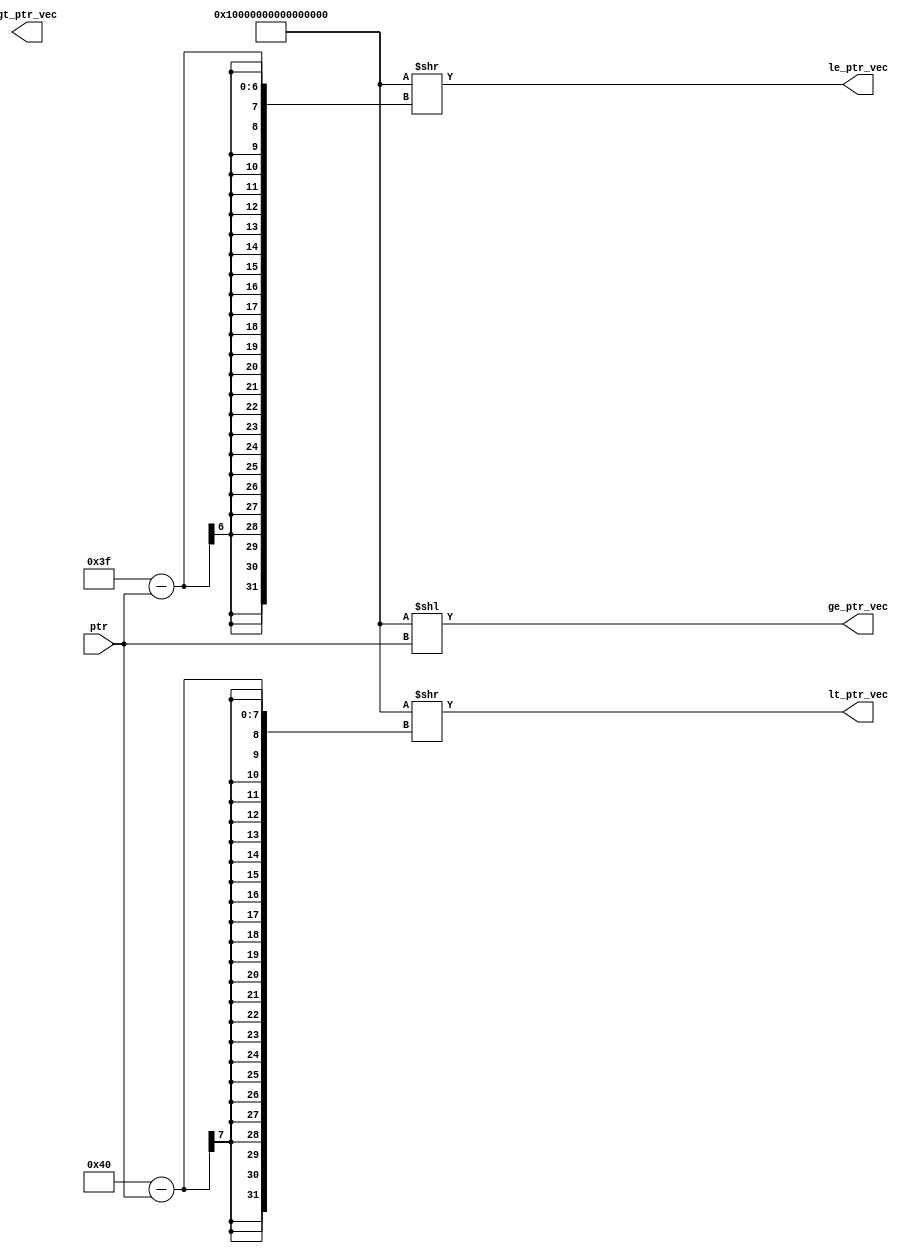
//---------------------------------------------------------------------------------------
//ptrslot
//---------------------------------------------------------------------------------------
module ptr_compare_6_64 (ptr, ge_ptr_vec, gt_ptr_vec, lt_ptr_vec, le_ptr_vec);
   input [5:0] ptr;
   output [63:0] ge_ptr_vec;
   output [63:0] gt_ptr_vec;
   output [63:0] le_ptr_vec;
   output [63:0] lt_ptr_vec;
      
//63--------ptr----------0
//>= ptr ( ptr)
assign ge_ptr_vec = {64{1'b1}} << ptr;
//> ptr  ptr
assign gt_ptrtvec = {64{1'b1}} << ({1'b0, ptr} + 1'b1);
//<= ( ptr)
assign le_ptr_vec = {64{1'b1}} >> (63 - ptr);
//< ptr
assign lt_ptr_vec = {64{1'b1}} >> (64 - ptr);
   
endmodule

//---------------------------------------------------------------------------------------
//In(in_ptr)(cur_ptr)flushbasic block, curflush
// 63----(in_ptr----)cur_ptr--------0    (flush > cur_ptr  flush <= in_ptr)
//(63-------)cur_ptr-----(in_ptr----0)   (flush > cur_ptr  flush <= in_ptr)
//---------------------------------------------------------------------------------------
module queue_flush_64 (in_ptr, cur_ptr, br_flush_vec);
   input [5:0] in_ptr;
   input [5:0] cur_ptr;
   output [63:0] br_flush_vec;
   
assign br_flush_vec = 
   cur_ptr < in_ptr ?
  ({64{1'b1}} >> (63 - in_ptr)) & ({64{1'b1}} << ({1'b0, cur_ptr} + 1'b1)) :
  ({64{1'b1}} >> (63 - in_ptr)) | ({64{1'b1}} << ({1'b0, cur_ptr} + 1'b1)) ;
   
endmodule

//---------------------------------------------------------------------------------------
// 4bit1
//---------------------------------------------------------------------------------------
module first_one_4_2(in,out,nonzero);
input  [3:0] in;
output [1:0] out; 
output nonzero;
 
assign out[1] = (~in[0])&(~in[1]) & (in[2] | in[3]);
assign out[0] = ((~in[0])&( in[1])) | ((~in[0])&(~in[2])&( in[3]));
assign nonzero   = |in[3:0];
endmodule

//---------------------------------------------------------------------------------------
// 8bit1
//---------------------------------------------------------------------------------------
module first_one_8_3(in,out,nonzero);
input  [7:0] in;
output [2:0] out;
output nonzero;
 
assign out[2]=(~(|in[3:0]))&(|in[7:4]);
assign out[1]=((~in[0]) & (~in[1]) & (~in[4]) & (~in[5]) & (in[6] | in[7])) |
              ((~in[0]) & (~in[1]) & (in[2] | in[3]));
assign out[0]=((~in[0]) & (~in[2]) & (~in[4]) & (~in[6]) & in[7])|
              ((~in[0]) & (~in[2]) & (~in[4]) & in[5])|
              ((~in[0]) & (~in[2]) & in[3])|
              ((~in[0]) & in[1]);
assign nonzero=|in[7:0];
endmodule

//---------------------------------------------------------------------------------------
// 16bit1
//---------------------------------------------------------------------------------------
module first_one_16_4(in,out,nonzero);
input  [15:0] in;
output [3:0] out;
output nonzero;
 
wire [1:0] a3,a2,a1,a0;
wire [3:0] nz;
wire zero;
 
`ifdef USE_DW

DW01_binenc #(16,5) first_one_16_4_DW0(.A(in),.ADDR({zero,out}));
assign nonzero = !zero;

`else

first_one_4_2 first_one_4_2_3(.in(in[15:12]),.out(a3),.nonzero(nz[3]));
first_one_4_2 first_one_4_2_2(.in(in[11: 8]),.out(a2),.nonzero(nz[2]));
first_one_4_2 first_one_4_2_1(.in(in[ 7: 4]),.out(a1),.nonzero(nz[1]));
first_one_4_2 first_one_4_2_0(.in(in[ 3: 0]),.out(a0),.nonzero(nz[0]));

first_one_4_2 first_one4(.in(nz),.out(out[3:2]),.nonzero(nonzero));

assign out[1:0]= a0 |
                (a1 & {2{~nz[0]}}) |
                (a2 & {2{~|nz[1:0]}}) |
                (a3 & {2{~|nz[2:0]}});
 
`endif
 
endmodule

//---------------------------------------------------------------------------------------
// 32bit1
//---------------------------------------------------------------------------------------
module first_one_32_5(in,out,nonzero);
input  [31:0] in;
output [4:0] out;
output nonzero;

wire [2:0] a3,a2,a1,a0;
wire [3:0] nz;
wire zero;

`ifdef USE_DW
DW01_binenc #(32,6) first_one_32_5_DW0(.A(in),.ADDR({zero,out}));
assign nonzero = !zero;
`else
first_one_8_3 first_one3(.in(in[31:24]),.out(a3),.nonzero(nz[3]));
first_one_8_3 first_one2(.in(in[23:16]),.out(a2),.nonzero(nz[2]));
first_one_8_3 first_one1(.in(in[15: 8]),.out(a1),.nonzero(nz[1]));
first_one_8_3 first_one0(.in(in[ 7: 0]),.out(a0),.nonzero(nz[0]));

first_one_4_2 first_one4(.in(nz),.out(out[4:3]),.nonzero(nonzero));

assign out[2:0]= a0 |
                (a1 & {3{~nz[0]}})    |
                (a2 & {3{~|nz[1:0]}}) |
                (a3 & {3{~|nz[2:0]}});
`endif

endmodule

//---------------------------------------------------------------------------------------
// 64bit1
//---------------------------------------------------------------------------------------
module first_one_64_6(in,out,nonzero);
input  [63:0] in;
output [5:0] out;
output nonzero;

wire [3:0] a3,a2,a1,a0;
wire [3:0] nz;
wire zero;

`ifdef USE_DW
DW01_binenc #(64,7) first_one_64_6_DW0(.A(in),.ADDR({zero,out}));
assign nonzero = !zero;
`else
first_one_16_4 first_one_16_4_3(.in(in[63:48]),.out(a3),.nonzero(nz[3]));
first_one_16_4 first_one_16_4_2(.in(in[47:32]),.out(a2),.nonzero(nz[2]));
first_one_16_4 first_one_16_4_1(.in(in[31:16]),.out(a1),.nonzero(nz[1]));
first_one_16_4 first_one_16_4_0(.in(in[15: 0]),.out(a0),.nonzero(nz[0]));

first_one_4_2  first_one_4_2_0(.in(nz),.out(out[5:4]),.nonzero(nonzero));

assign out[3:0]= a0 |
                (a1 & {4{~nz[0]}}) |
                (a2 & {4{~|nz[1:0]}}) |
                (a3 & {4{~|nz[2:0]}});
`endif                                                                                                                              
endmodule